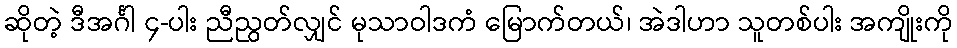
ဆိုတဲ့ ဒီအင်္ဂါ ၄-ပါး ညီညွတ်လျှင် မုသာဝါဒကံ မြောက်တယ်၊ အဲဒါဟာ သူတစ်ပါး အကျိုးကို